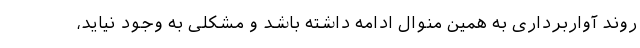
روند آواربرداری به همین منوال ادامه داشته باشد و مشکلی به وجود نیاید،